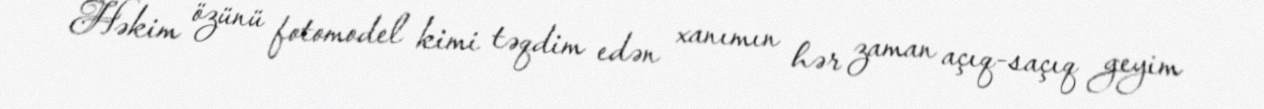
Həkim özünü fotomodel kimi təqdim edən xanımın hər zaman açıq-saçıq geyim